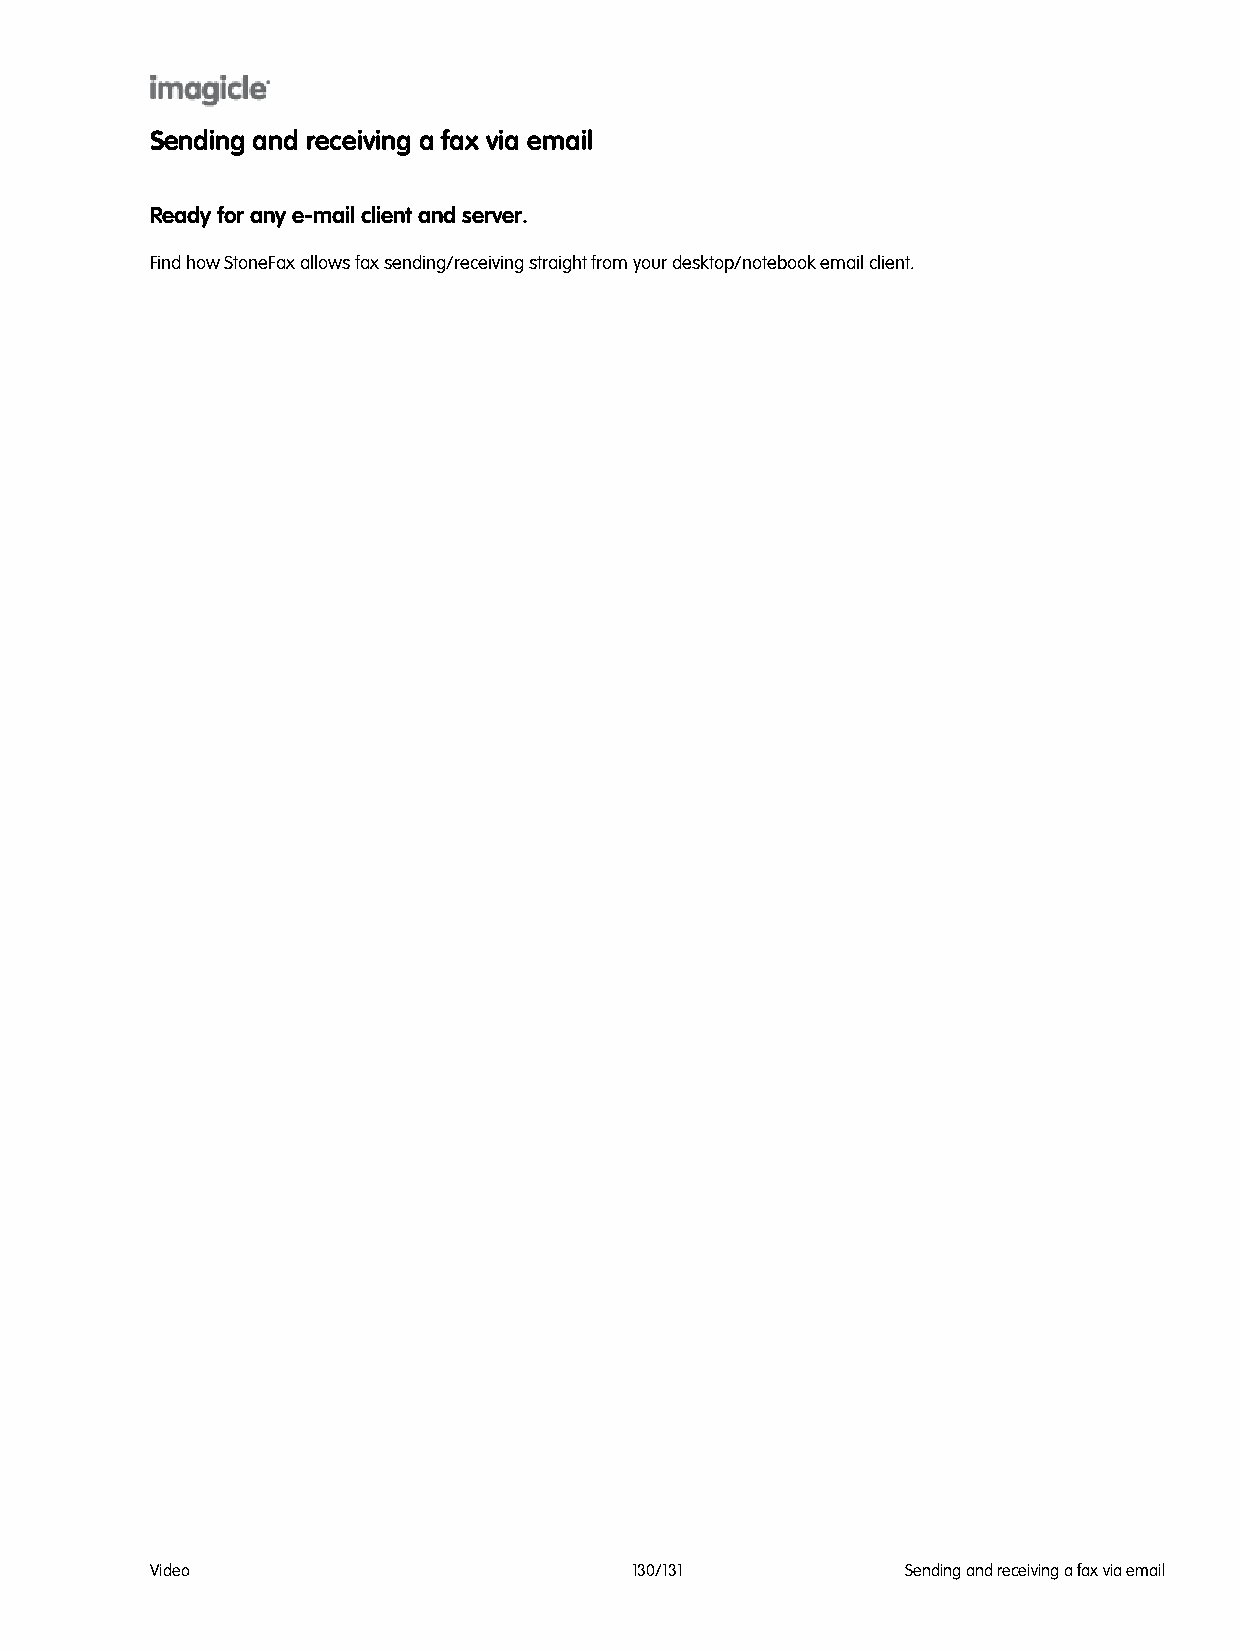
Sending and receiving a fax via email
 Ready for any e-mail client and server.
 Find how StoneFax allows fax sending/receiving straight from your desktop/notebook email client.
 Video                           130/131           Sending and receiving a fax via email